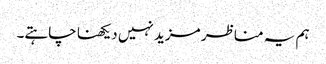
ہم یہ مناظر مزید نہیں دیکھنا چاہتے۔